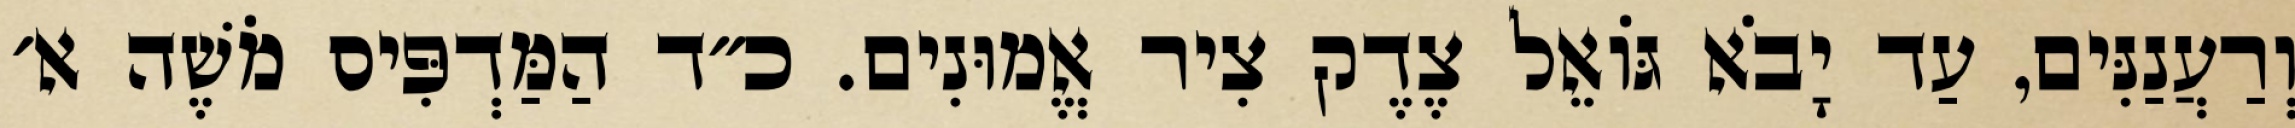
וְרַעֲנַנִּים, עַד יָבֹא גּוֹאֵל צֶדֶק צִיר אֱמוּנִים. כ״ד הַמַּדְפִּיס מֹשֶׁה א׳